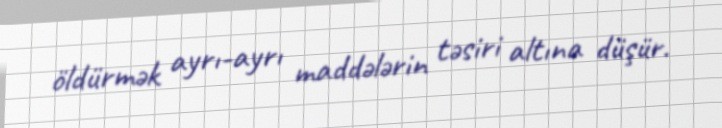
öldürmək ayrı-ayrı maddələrin təsiri altına düşür.